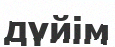
дүйім